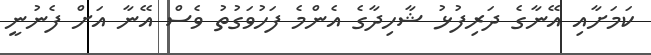
ކަމަށާއި އޭނާގެ ދަރިފުޅު ޝާހިދާގެ އެންމެ ފަހުވަގުތު ވެސް އޭނާ އަށް ފެނުނީ